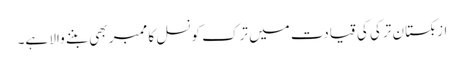
ازبکستان ترکی کی قیادت میں ترک کونسل کا ممبر بھی بننے والا ہے۔